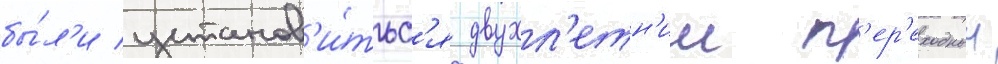
бы́л'и установ'и́тьс'я двухл'етн'ии п'ер'еходныи